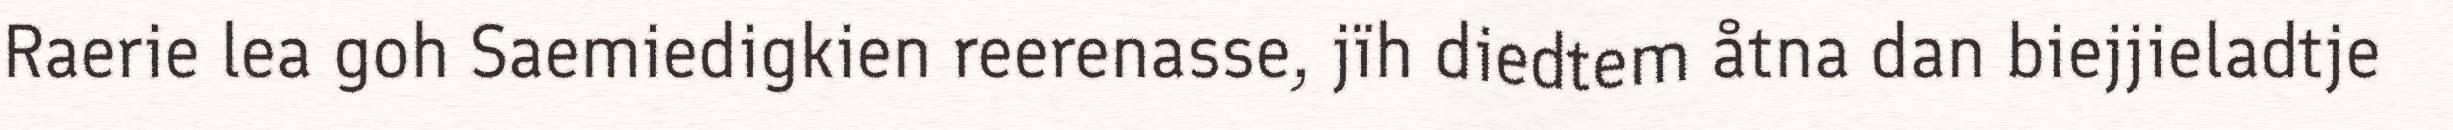
Raerie lea goh Saemiedigkien reerenasse, jïh diedtem åtna dan biejjieladtje